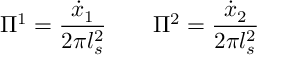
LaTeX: \Pi ^ { 1 } = \frac { \dot { x } _ { 1 } } { 2 \pi l _ { s } ^ { 2 } } \qquad \Pi ^ { 2 } = \frac { \dot { x } _ { 2 } } { 2 \pi l _ { s } ^ { 2 } }